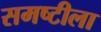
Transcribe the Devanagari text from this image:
समष्टीला